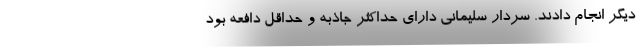
دیگر انجام دادند. سردار سلیمانی دارای حداکثر جاذبه و حداقل دافعه بود